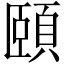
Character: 頤